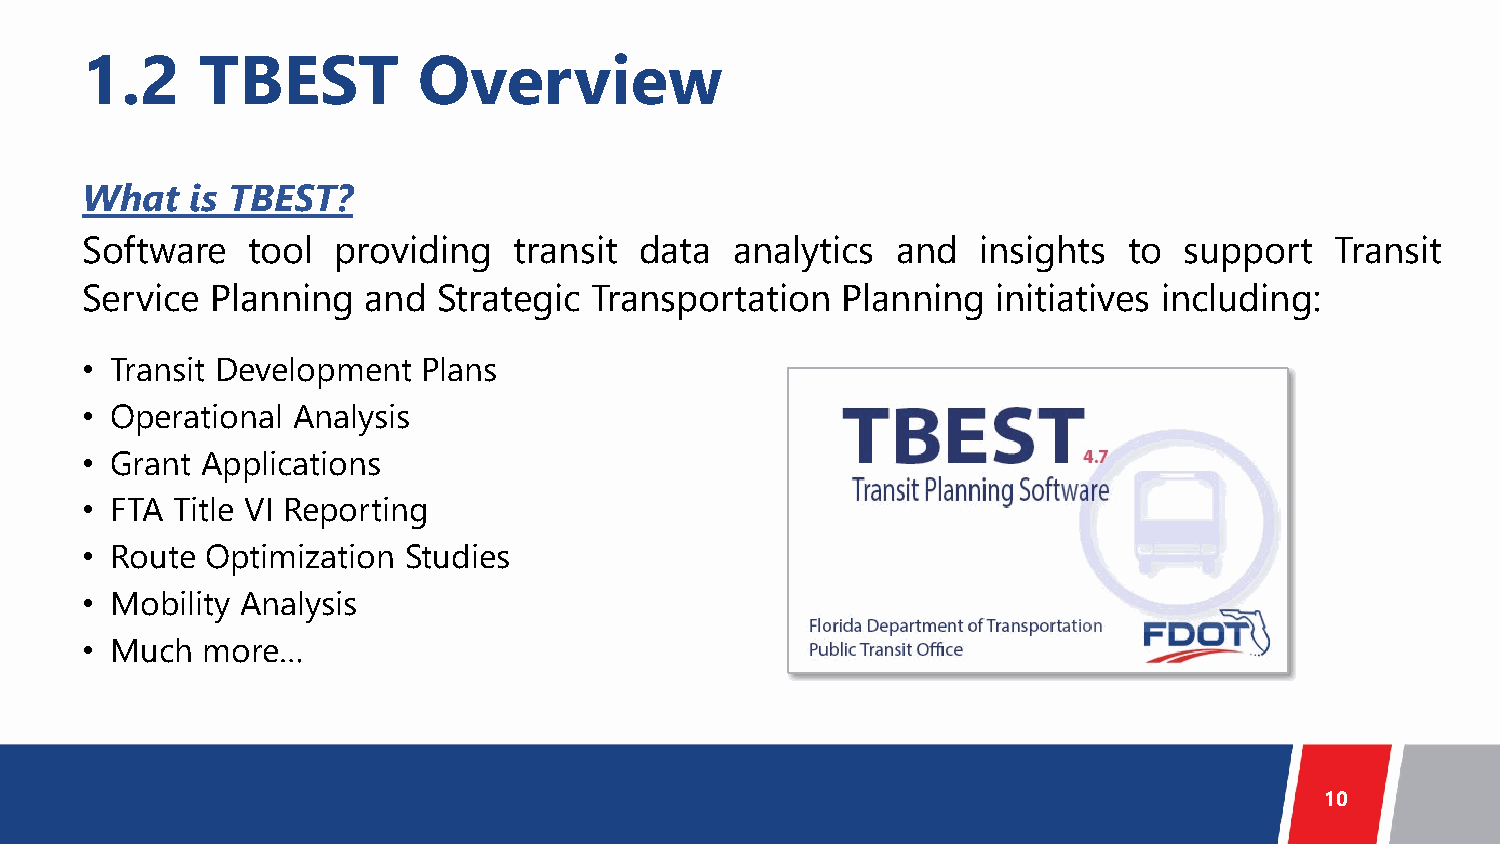
1.2     TBEST          Overview
 What   is TBEST?
 Software   tool  providing   transit data  analytics  and   insights  to support   Transit
 Service  Planning  and  Strategic Transportation   Planning  initiatives including:
 • Transit Development  Plans
 • Operational Analysis
 • Grant Applications
 • FTA Title VI Reporting
 • Route  Optimization Studies
 • Mobility Analysis
 • Much  more…
 10